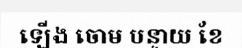
ឡើង ចោម បន្ទាយ ខែ